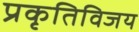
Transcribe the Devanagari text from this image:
प्रकृतिविजय